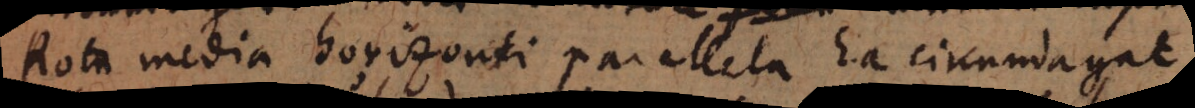
Rota media horizonti parallela. Ea circumagat